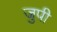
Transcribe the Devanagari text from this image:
जुपी